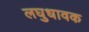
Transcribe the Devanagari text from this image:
लघुधावक